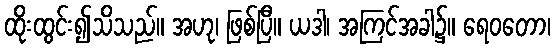
ထိုးထွင်း၍သိသည်။ အဟု၊ ဖြစ်ပြီ။ ယဒါ၊ အကြင်အခါ၌။ ရေဝတော၊